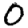
Digit: 0